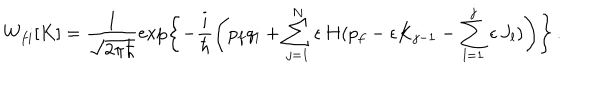
W _ { f i } [ K ] = \frac { 1 } { \sqrt { 2 \pi \hbar } } \exp \left\{ - \frac { i } { \hbar } \left( p _ { f } q _ { i } + \sum _ { j = 1 } ^ { N } \epsilon \, H ( p _ { f } - \epsilon K _ { j - 1 } - \sum _ { l = 1 } ^ { j } \epsilon \, J _ { l } ) \right) \right\} \, .